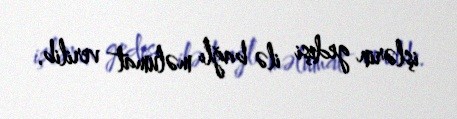
işlərin gedişi ilə bağlı məlumat verilib.